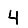
Digit: 4